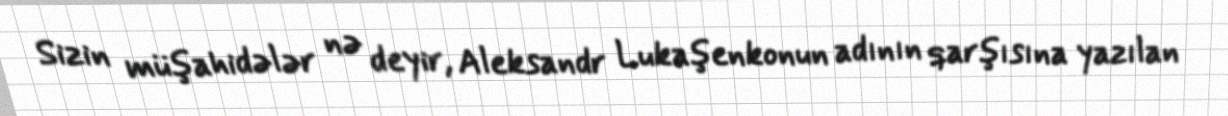
Sizin müşahidələr nə deyir, Aleksandr Lukaşenkonun adının qarşısına yazılan